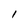
Character: l